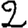
Digit: 2